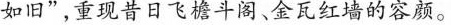
如旧 ” ，重现昔日飞檐斗阁、金瓦红墙的容颜。